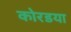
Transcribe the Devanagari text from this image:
कोरडया